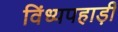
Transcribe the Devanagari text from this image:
विंध्यपहाड़ी